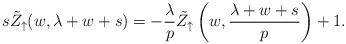
LaTeX: \begin{align*}s\tilde{Z}_\uparrow(w, \lambda+w+s)& =- \frac{\lambda}{p}\tilde{Z}_\uparrow\left(w, \frac{\lambda+w+s}{p}\right)+1.\end{align*}